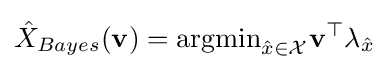
{\hat {X}}_{Bayes}(\mathbf {v} )={\text{argmin}}_{{\hat {x}}\in {\mathcal {X}}}\mathbf {v} ^{\top }\lambda _{\hat {x}}